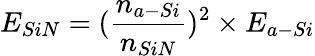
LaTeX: E_{SiN}=(\frac{n_{a-Si}}{{n_{SiN}}})^{2}\times E_{a-Si}